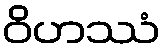
ဝိဟဿံ